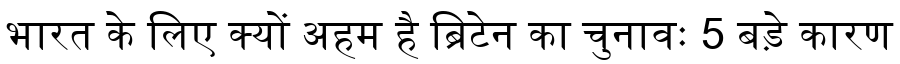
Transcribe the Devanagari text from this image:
भारत के लिए क्यों अहम है ब्रिटेन का चुनावः 5 बड़े कारण